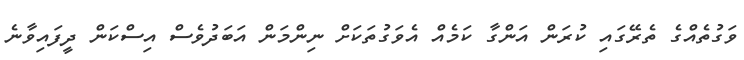
ވަގުތެއްގެ ތެރޭގައި ކުރަން އަންގާ ކަމެއް އެވަގުތަކަށް ނިންމަން އަބަދުވެސް އިސްކަން ދީފައިވާނެ